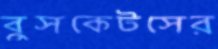
বুসকেটসের